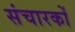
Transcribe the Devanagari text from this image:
संचारकों